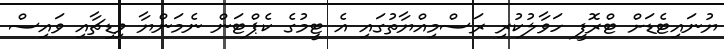
ޔުނައިޓެޑަށް ޓްރޮފީ ހަވާލުކުރި ރަސްމިއްޔާތުގައި އެ ޓީމުގެ ކެޕްޓަން ނެމަންޔާ ވިޑިޗާއި ވައިސް